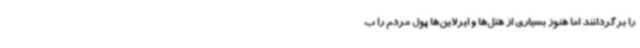
را برگردانند اما هنوز بسیاری از هتل‌ها و ایرلاین‌ها پول مردم را ب